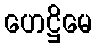
ဟေဋ္ဌိမေ